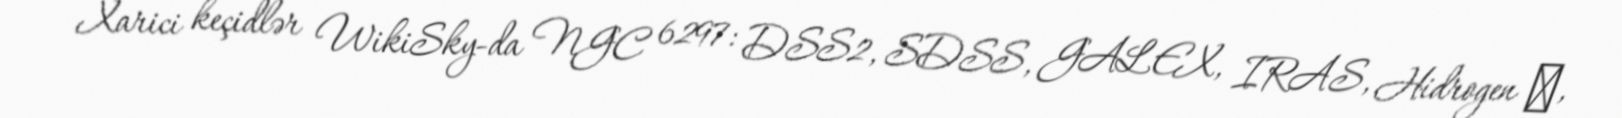
Xarici keçidlər WikiSky-da NGC 6297: DSS2, SDSS, GALEX, IRAS, Hidrogen α,